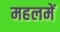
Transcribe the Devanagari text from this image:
महलमें